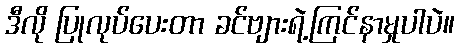
ဒီလို ပြုလုပ်ပေးတာ ခင်ဗျားရဲ့ကြင်နာမှုပါပဲ။